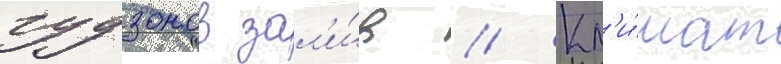
гудзонов зал'и́в // Кл'и́мат